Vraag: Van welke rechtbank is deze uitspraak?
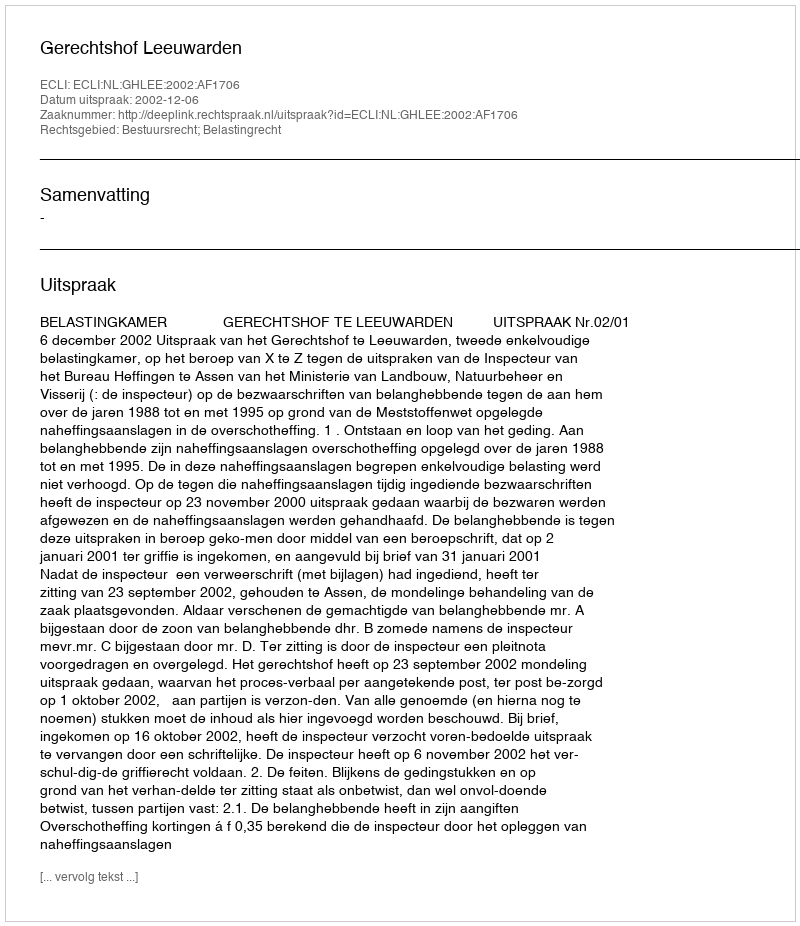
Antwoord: Gerechtshof Leeuwarden